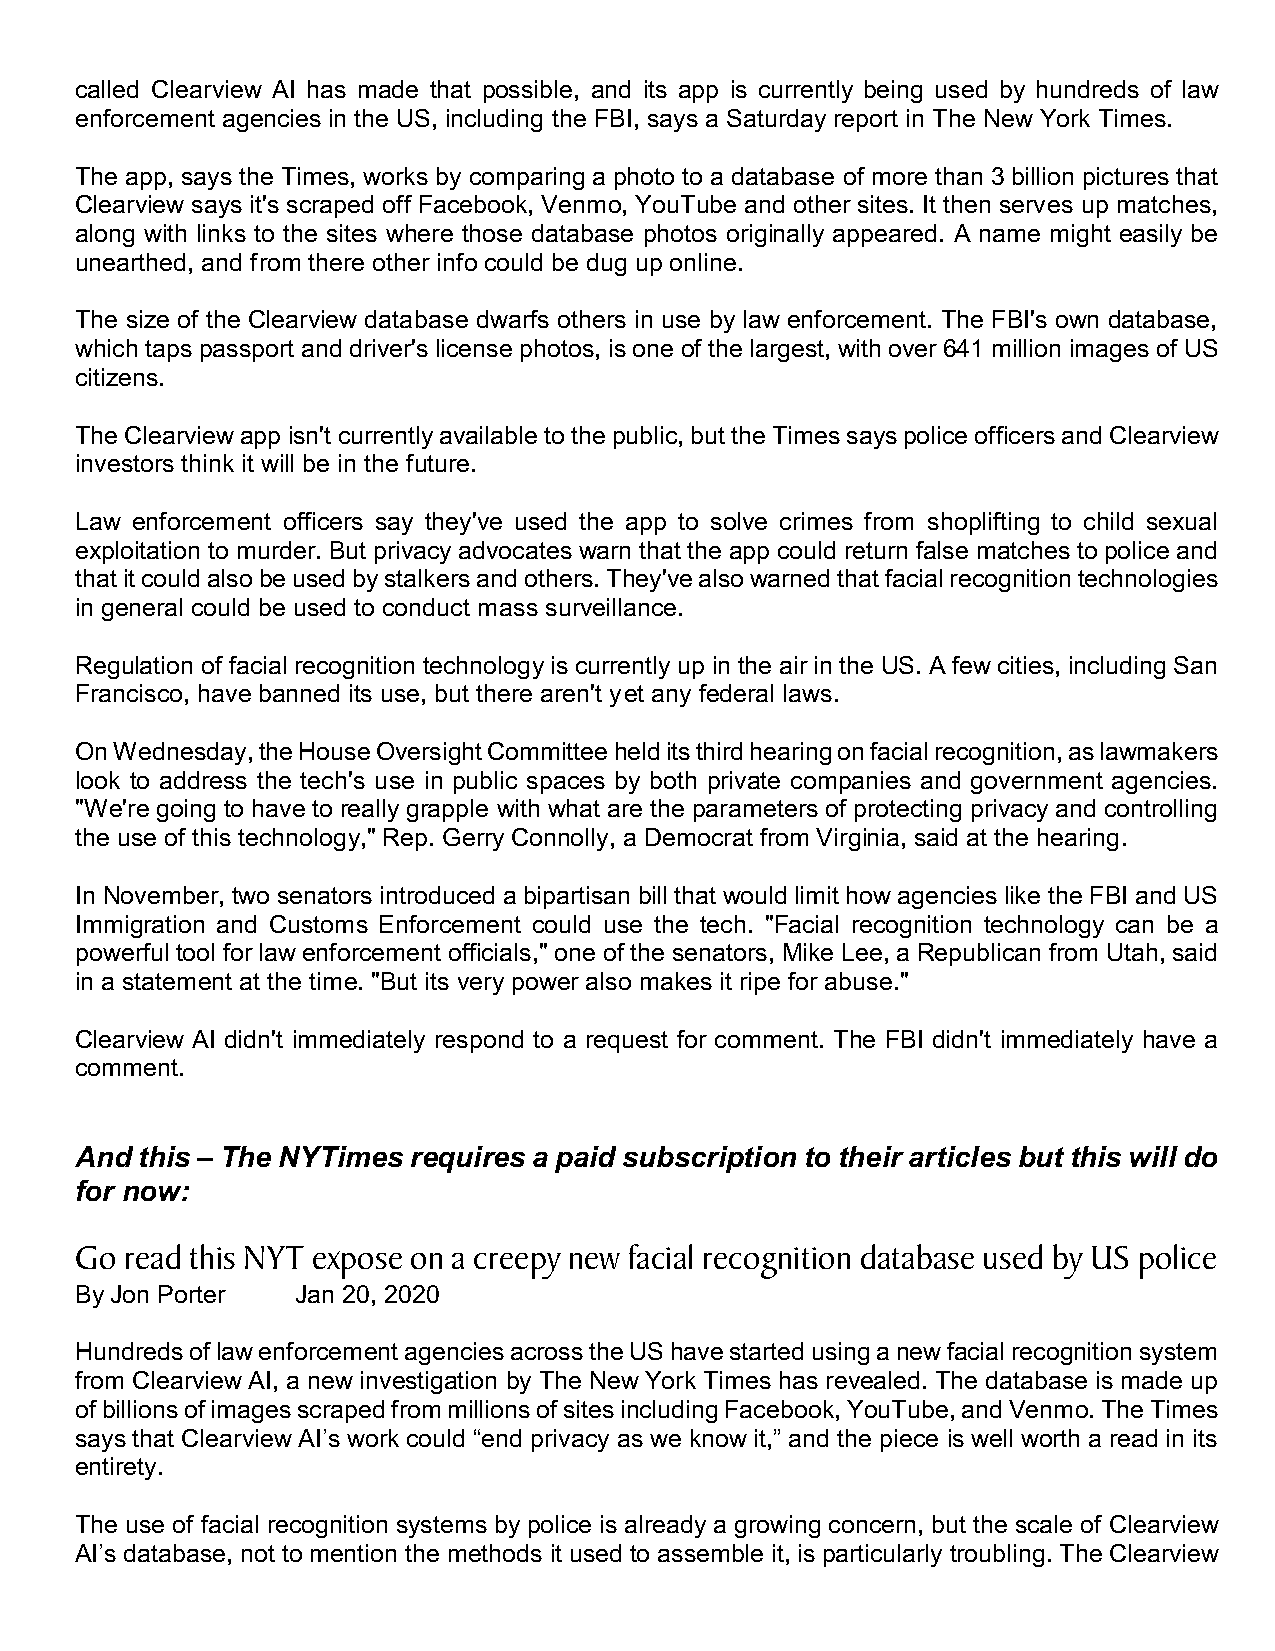
called Clearview AI has made that possible, and its app is currently being used by hundreds of law
 enforcement agencies in the US, including the FBI, says a Saturday report in The New York Times.
 The app, says the Times, works by comparing a photo to a database of more than 3 billion pictures that
 Clearview says it's scraped off Facebook, Venmo, YouTube and other sites. It then serves up matches,
 along with links to the sites where those database photos originally appeared. A name might easily be
 unearthed, and from there other info could be dug up online.
 The size of the Clearview database dwarfs others in use by law enforcement. The FBI's own database,
 which taps passport and driver's license photos, is one of the largest, with over 641 million images of US
 citizens.
 The Clearview app isn't currently available to the public, but the Times says police officers and Clearview
 investors think it will be in the future.
 Law enforcement officers say they've used the app to solve crimes from shoplifting to child sexual
 exploitation to murder. But privacy advocates warn that the app could return false matches to police and
 that it could also be used by stalkers and others. They've also warned that facial recognition technologies
 in general could be used to conduct mass surveillance.
 Regulation of facial recognition technology is currently up in the air in the US. A few cities, including San
 Francisco, have banned its use, but there aren't yet any federal laws.
 On Wednesday, the House Oversight Committee held its third hearing on facial recognition, as lawmakers
 look to address the tech's use in public spaces by both private companies and government agencies.
 "We're going to have to really grapple with what are the parameters of protecting privacy and controlling
 the use of this technology," Rep. Gerry Connolly, a Democrat from Virginia, said at the hearing.
 In November, two senators introduced a bipartisan bill that would limit how agencies like the FBI and US
 Immigration and Customs Enforcement could use the tech. "Facial recognition technology can be a
 powerful tool for law enforcement officials," one of the senators, Mike Lee, a Republican from Utah, said
 in a statement at the time. "But its very power also makes it ripe for abuse."
 Clearview AI didn't immediately respond to a request for comment. The FBI didn't immediately have a
 comment.
 And this – The NYTimes requires a paid subscription to their articles but this will do
 for now:
 Go read this NYT expose on a creepy new facial recognition database used by US police
 By Jon Porter  Jan 20, 2020
 Hundreds of law enforcement agencies across the US have started using a new facial recognition system
 from Clearview AI, a new investigation by The New York Times has revealed. The database is made up
 of billions of images scraped from millions of sites including Facebook, YouTube, and Venmo. The Times
 says that Clearview AI’s work could “end privacy as we know it,” and the piece is well worth a read in its
 entirety.
 The use of facial recognition systems by police is already a growing concern, but the scale of Clearview
 AI’s database, not to mention the methods it used to assemble it, is particularly troubling. The Clearview